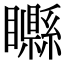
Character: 𥌭